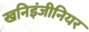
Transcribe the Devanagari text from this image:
खनिइंजीनियर